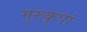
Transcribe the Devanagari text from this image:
गुरुकृपां